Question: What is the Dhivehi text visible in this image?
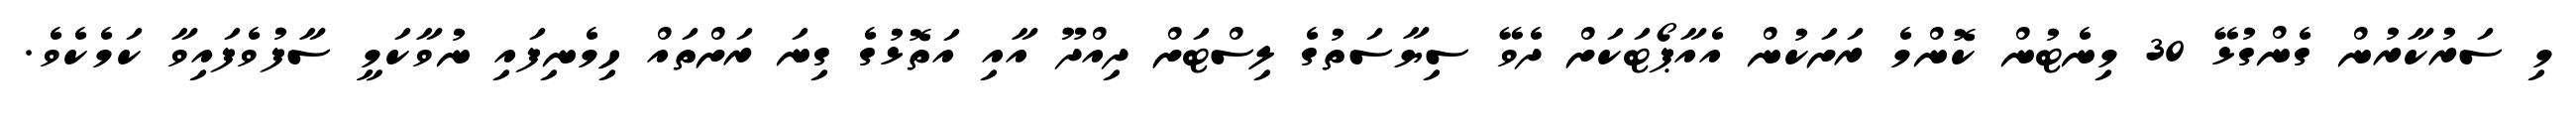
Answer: މި ސަރުކާރުން ގެންގުޅޭ 30 މިނެޓުން ކޮންމެ ރަށަކުން އެއާޕޯޓަކަށް ދެވޭ ސިޔާސަތުގެ ލިސްޓަށް ދިއްދޫ އާއި އަތޮޅުގެ ގިނަ ރަށްތައް ހިމެނިފައި ނުވާކަމީ ސާފުވެފައިވާ ކަމެކެވެ.